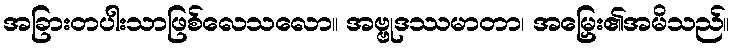
အခြားတပါးသာဖြစ်လေသလော။ အဗ္ဗုဒဿမာတာ၊ အမြှေး၏အမိသည်။